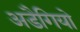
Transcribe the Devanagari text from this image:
अडैगियो